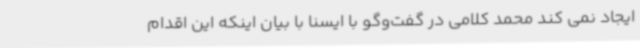
ایجاد نمی کند محمد کلامی در گفت‌وگو با ایسنا با بیان اینکه این اقدام